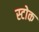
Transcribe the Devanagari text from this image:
स्‍टोक